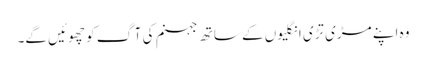
وہ اپنے مڑی تڑی انگلیوں کے ساتھ جہنم کی آگ کو چھوئیں گے۔